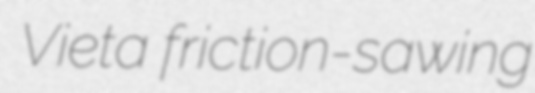
Vieta friction-sawing